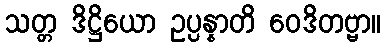
သတ္တ ဒိဋ္ဌိယော ဥပ္ပန္နာတိ ဝေဒိတဗ္ဗာ။